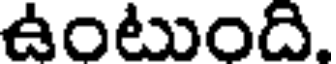
ఉంటుంది.